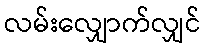
လမ်းလျှောက်လျှင်